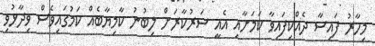
މިހާރު ފައިސާ ދެއްކިފައިވާ ކަމަށާއި އެއީ ސަރުކާރަށް ލިބުނު ކާމިޔާބެއް ކަަމުގައިވެސް ވިދާޅުވި